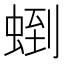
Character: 𧌼